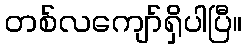
တစ်လကျော်ရှိပါပြီ။